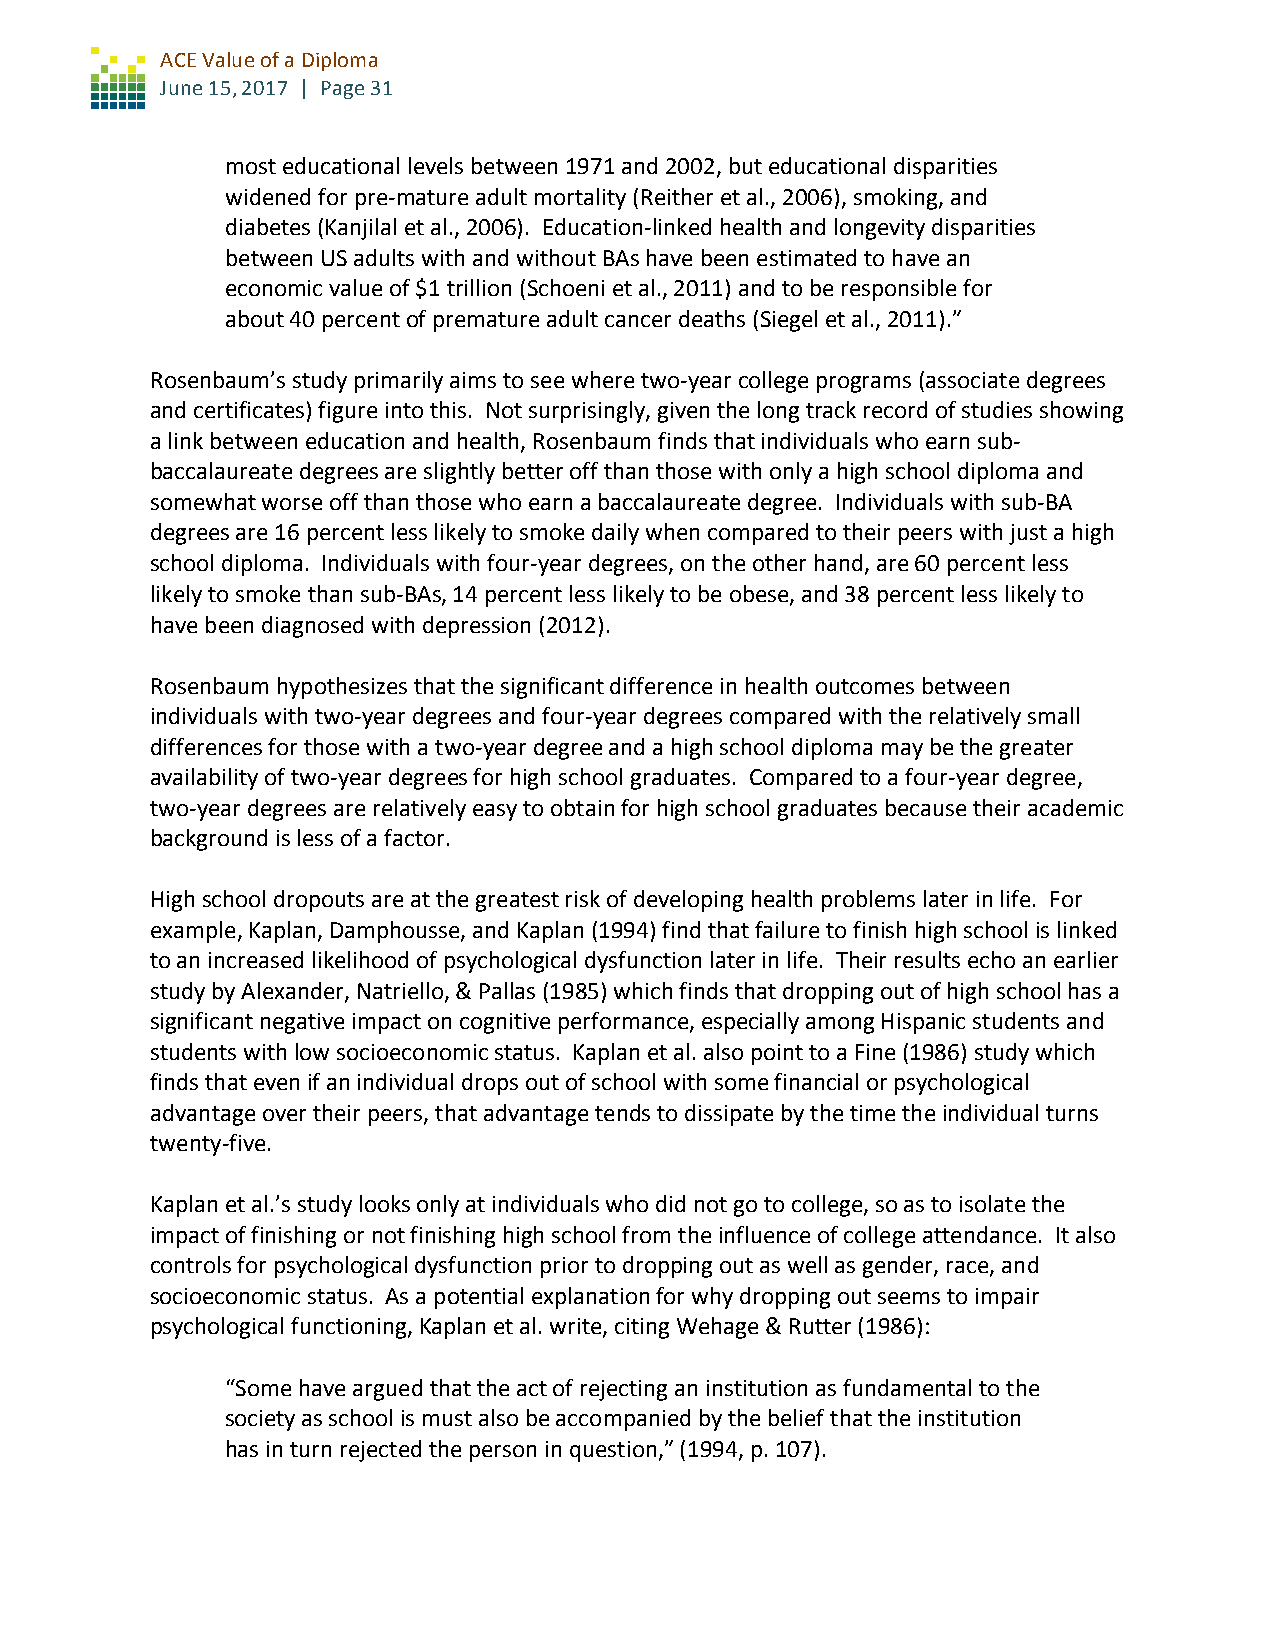
ACE Value of a Diploma
 June 15, 2017 | Page 31
 most educational levels between 1971 and 2002, but educational disparities
 widened for pre-mature adult mortality (Reither et al., 2006), smoking, and
 diabetes (Kanjilal et al., 2006). Education-linked health and longevity disparities
 between US adults with and without BAs have been estimated to have an
 economic value of $1 trillion (Schoeni et al., 2011) and to be responsible for
 about 40 percent of premature adult cancer deaths (Siegel et al., 2011).”
 Rosenbaum’s study primarily aims to see where two-year college programs (associate degrees
 and certificates) figure into this. Not surprisingly, given the long track record of studies showing
 a link between education and health, Rosenbaum finds that individuals who earn sub-
 baccalaureate degrees are slightly better off than those with only a high school diploma and
 somewhat worse off than those who earn a baccalaureate degree. Individuals with sub-BA
 degrees are 16 percent less likely to smoke daily when compared to their peers with just a high
 school diploma. Individuals with four-year degrees, on the other hand, are 60 percent less
 likely to smoke than sub-BAs, 14 percent less likely to be obese, and 38 percent less likely to
 have been diagnosed with depression (2012).
 Rosenbaum hypothesizes that the significant difference in health outcomes between
 individuals with two-year degrees and four-year degrees compared with the relatively small
 differences for those with a two-year degree and a high school diploma may be the greater
 availability of two-year degrees for high school graduates. Compared to a four-year degree,
 two-year degrees are relatively easy to obtain for high school graduates because their academic
 background is less of a factor.
 High school dropouts are at the greatest risk of developing health problems later in life. For
 example, Kaplan, Damphousse, and Kaplan (1994) find that failure to finish high school is linked
 to an increased likelihood of psychological dysfunction later in life. Their results echo an earlier
 study by Alexander, Natriello, & Pallas (1985) which finds that dropping out of high school has a
 significant negative impact on cognitive performance, especially among Hispanic students and
 students with low socioeconomic status. Kaplan et al. also point to a Fine (1986) study which
 finds that even if an individual drops out of school with some financial or psychological
 advantage over their peers, that advantage tends to dissipate by the time the individual turns
 twenty-five.
 Kaplan et al.’s study looks only at individuals who did not go to college, so as to isolate the
 impact of finishing or not finishing high school from the influence of college attendance. It also
 controls for psychological dysfunction prior to dropping out as well as gender, race, and
 socioeconomic status. As a potential explanation for why dropping out seems to impair
 psychological functioning, Kaplan et al. write, citing Wehage & Rutter (1986):
 “Some have argued that the act of rejecting an institution as fundamental to the
 society as school is must also be accompanied by the belief that the institution
 has in turn rejected the person in question,” (1994, p. 107).